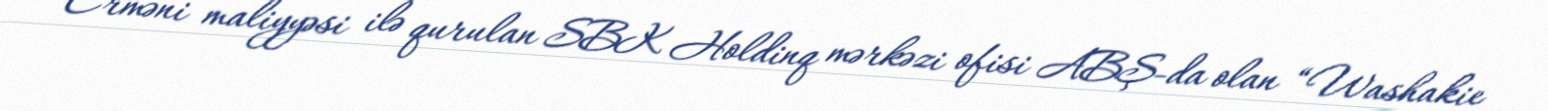
Erməni maliyyəsi ilə qurulan SBK Holdinq mərkəzi ofisi ABŞ-da olan “Washakie